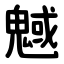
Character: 魊